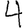
Digit: 4